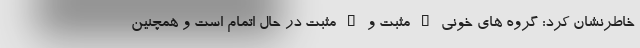
خاطرنشان کرد: گروه های خونی B مثبت و O مثبت در حال اتمام است و همچنین